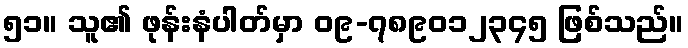
၅၁။ သူ၏ ဖုန်းနံပါတ်မှာ ၀၉-၇၈၉၀၁၂၃၄၅ ဖြစ်သည်။